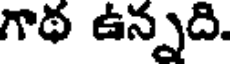
గాథ ఉన్నది.